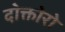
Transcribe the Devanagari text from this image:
दोक्तोरो